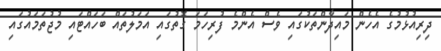
ދިރިއުޅުމުގެ އެހެން މައިދާންތަކުގައި ވެސް އެންމެ ފުރިހަމަ ގޮތުގައި އަމަލުތައް ބަހައްޓައި މުޖުތަމައުގައި